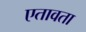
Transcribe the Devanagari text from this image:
एतावता